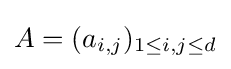
A=(a_{i,j})_{1\leq i,j\leq d}